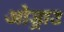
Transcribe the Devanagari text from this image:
ओड्राउ